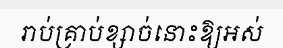
រាប់គ្រាប់ខ្សាច់នោះឱ្យអស់